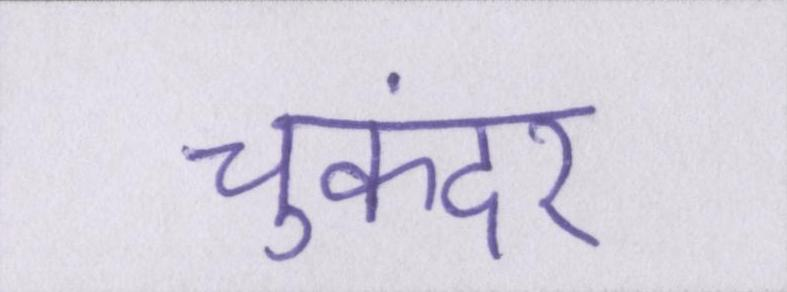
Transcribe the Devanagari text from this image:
चुकंदर